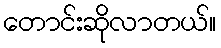
တောင်းဆိုလာတယ်။